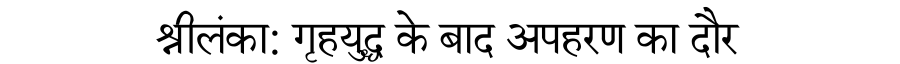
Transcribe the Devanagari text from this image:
श्रीलंका: गृहयुद्ध के बाद अपहरण का दौर